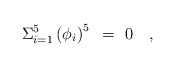
\begin{align*}\Sigma_{i=1}^{5}\left( \phi_i \right)^5~=~0\quad,\end{align*}